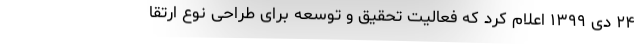
۲۴ دی ۱۳۹۹ اعلام کرد که فعالیت تحقیق و توسعه برای طراحی نوع ارتقا